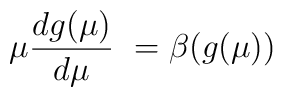
\mu \frac{d g(\mu)}{d \mu}\ = \beta(g(\mu))